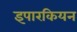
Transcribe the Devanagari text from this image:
इपारकियन